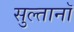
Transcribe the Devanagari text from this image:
सुल्तानॉ